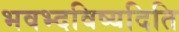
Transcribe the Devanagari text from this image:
भवभ्दविष्यदिति